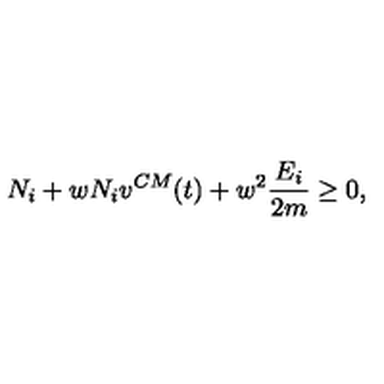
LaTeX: N _ { i } + w N _ { i } v ^ { C M } ( t ) + w ^ { 2 } \frac { E _ { i } } { 2 m } \ge 0 ,